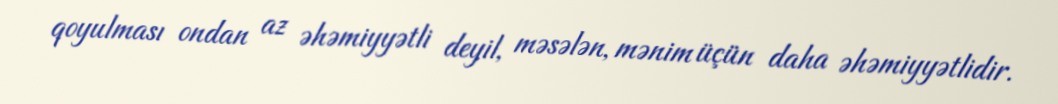
qoyulması ondan az əhəmiyyətli deyil, məsələn, mənim üçün daha əhəmiyyətlidir.